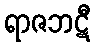
ရာဇဘဋီ